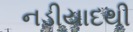
નડીયાદથી